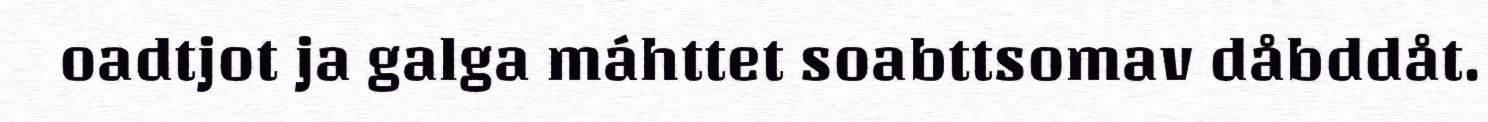
oadtjot ja galga máhttet soabttsomav dåbddåt.